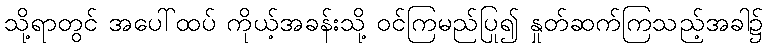
သို့ရာတွင် အပေါ်ထပ် ကိုယ့်အခန်းသို့ ဝင်ကြမည်ပြု၍ နှုတ်ဆက်ကြသည့်အခါ၌